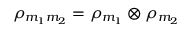
\rho _ { m _ { 1 } m _ { 2 } } = \rho _ { m _ { 1 } } \otimes \rho _ { m _ { 2 } }